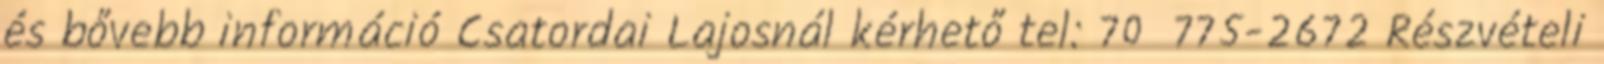
és bővebb információ Csatordai Lajosnál kérhető tel: 70 775-2672 Részvételi